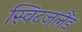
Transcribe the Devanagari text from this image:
स्विटजलैंड